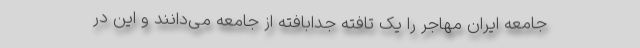
جامعه ایران مهاجر را یک تافته جدابافته از جامعه می‌دانند و این در